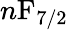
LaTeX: n\mathrm{F}_{7/2}